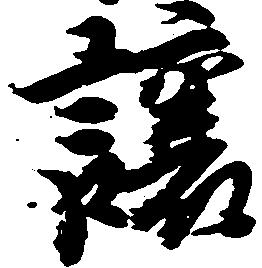
譲